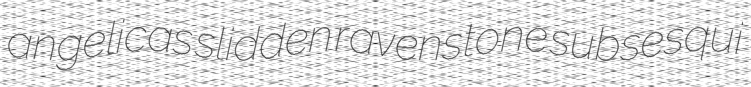
angelicas slidden ravenstone subsesqui